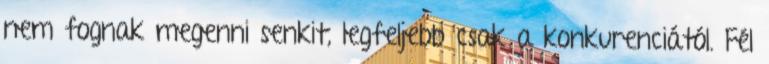
nem fognak megenni senkit, legfeljebb csak a konkurenciától. Fél